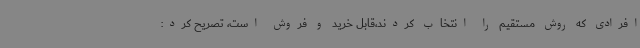
افرادی که روش مستقیم را انتخاب کردند،قابل خرید و فروش است، تصریح کرد: